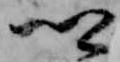
卿